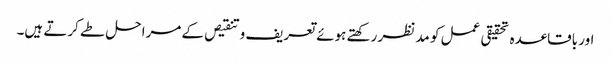
اور باقاعدہ تحقیقی عمل کو مد نظر رکھتے ہوئے تعریف و تنقیص کے مراحل طے کرتے ہیں۔